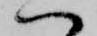
ハ